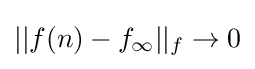
||f(n)-f_{\infty }||_{f}\rightarrow 0